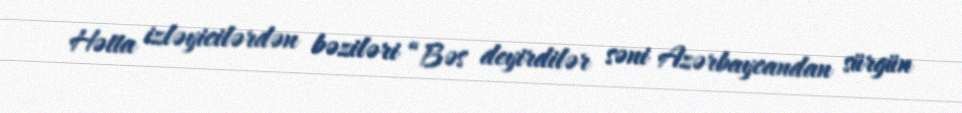
Hətta izləyicilərdən bəziləri “Bəs deyirdilər səni Azərbaycandan sürgün